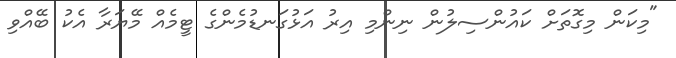
"މިކަން މިގޮތަށް ކައުންސިލުން ނިންމި އިރު އަޅުގަނޑުމެންގެ ޓީމެއް މޭޔަރާ އެކު ބޭއްވި